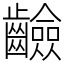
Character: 䶨